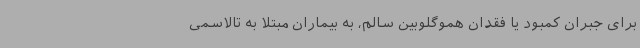
برای جبران کمبود یا فقدان هموگلوبین سالم، به بیماران مبتلا به تالاسمی